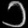
Digit: ၁